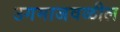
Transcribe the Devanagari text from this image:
उगमाजवळील